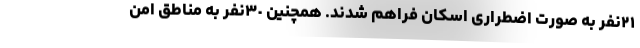
٢١نفر به صورت اضطراری اسکان فراهم شدند. همچنین ٣٠نفر به مناطق امن